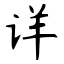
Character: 详